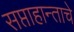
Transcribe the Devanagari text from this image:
सप्ताहान्ताचे